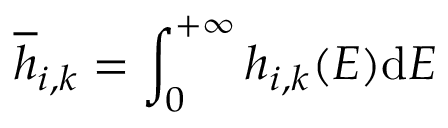
\overline { { h } } _ { i , k } = \int _ { 0 } ^ { + \infty } h _ { i , k } ( E ) \mathrm { d } E